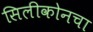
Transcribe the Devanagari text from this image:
सिलीकोनचा